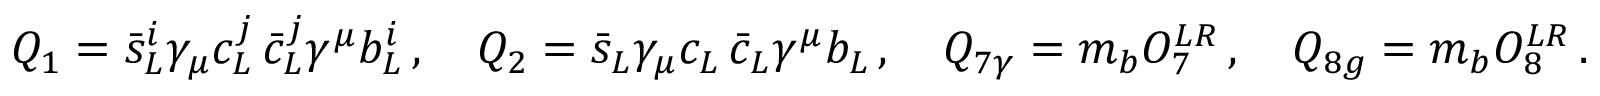
Q _ { 1 } = \bar { s } _ { L } ^ { i } \gamma _ { \mu } c _ { L } ^ { j } \, \bar { c } _ { L } ^ { j } \gamma ^ { \mu } b _ { L } ^ { i } \, , \quad Q _ { 2 } = \bar { s } _ { L } \gamma _ { \mu } c _ { L } \, \bar { c } _ { L } \gamma ^ { \mu } b _ { L } \, , \quad Q _ { 7 \gamma } = m _ { b } O _ { 7 } ^ { L R } \, , \quad Q _ { 8 g } = m _ { b } O _ { 8 } ^ { L R } \, .